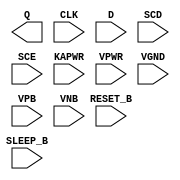
module sky130_fd_sc_lp__srsdfrtp (
    Q      ,
    CLK    ,
    D      ,
    SCD    ,
    SCE    ,
    RESET_B,
    SLEEP_B,
    KAPWR  ,
    VPWR   ,
    VGND   ,
    VPB    ,
    VNB
);

    output Q      ;
    input  CLK    ;
    input  D      ;
    input  SCD    ;
    input  SCE    ;
    input  RESET_B;
    input  SLEEP_B;
    input  KAPWR  ;
    input  VPWR   ;
    input  VGND   ;
    input  VPB    ;
    input  VNB    ;
endmodule